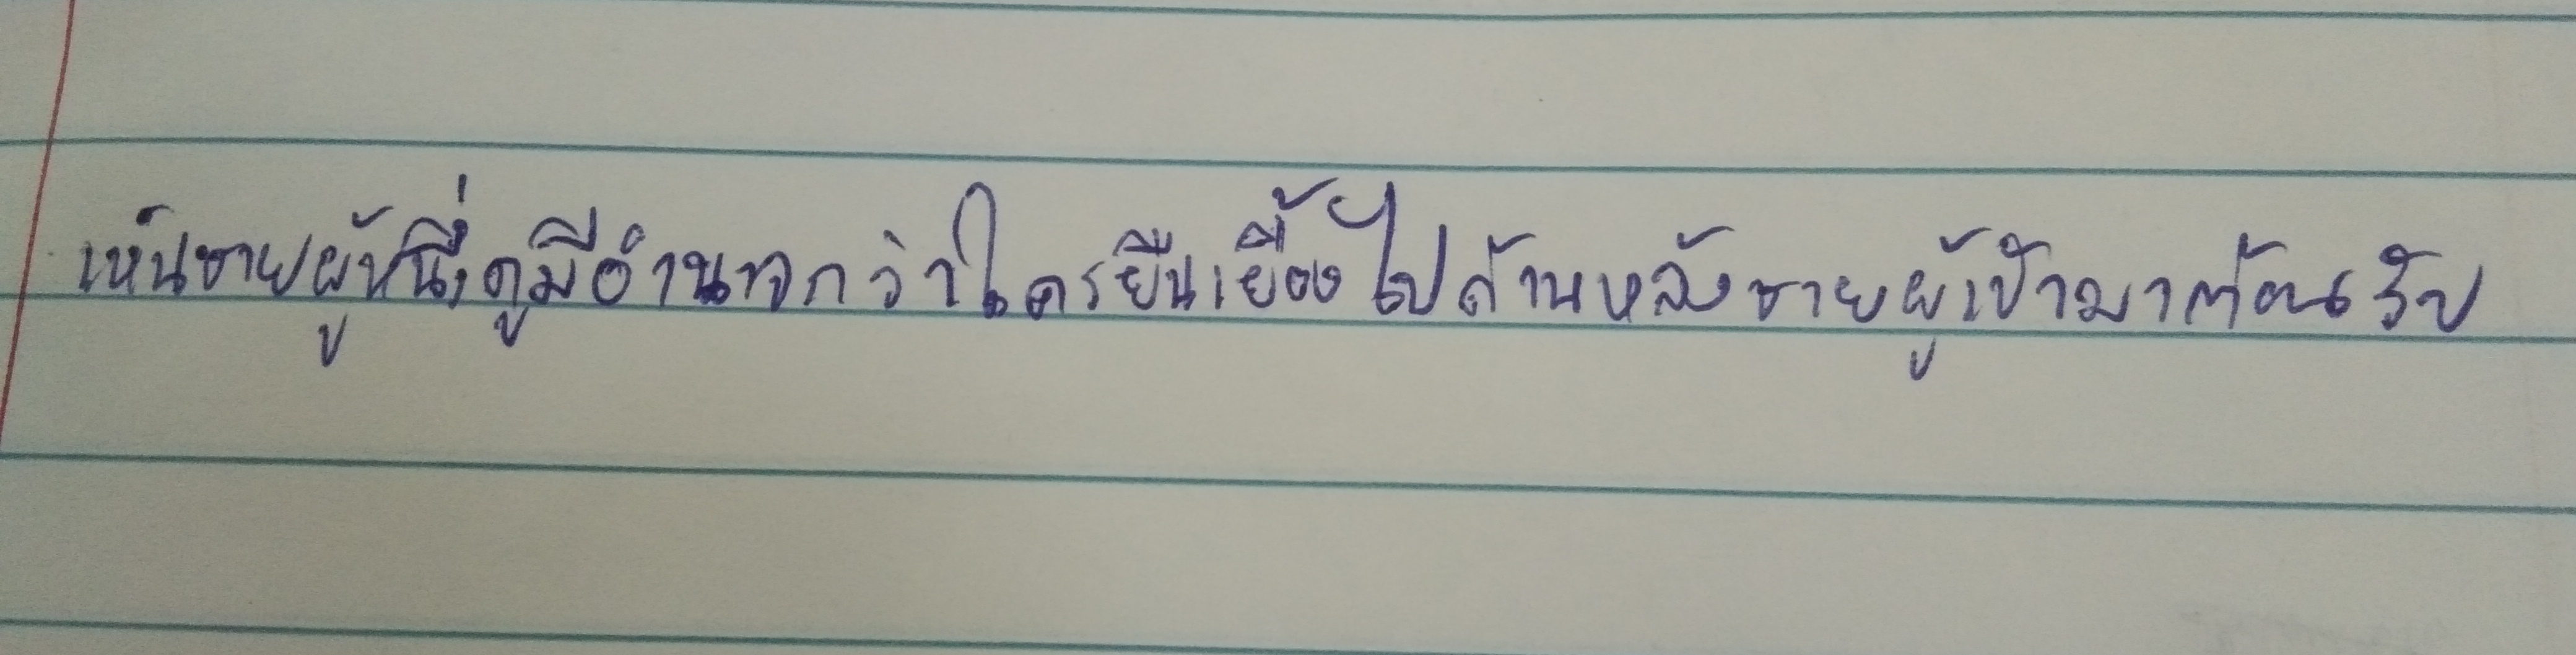
เห็นชายผู้หนึ่งดูมีอำนาจกว่าใครยืนเยื้องไปด้านหลังชายผู้เข้ามาต้อนรับ